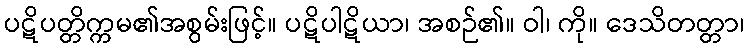
ပဋိပတ္တိက္ကမ၏အစွမ်းဖြင့်။ ပဋိပါဋိယာ၊ အစဉ်၏။ ဝါ၊ ကို။ ဒေသိတတ္တာ၊